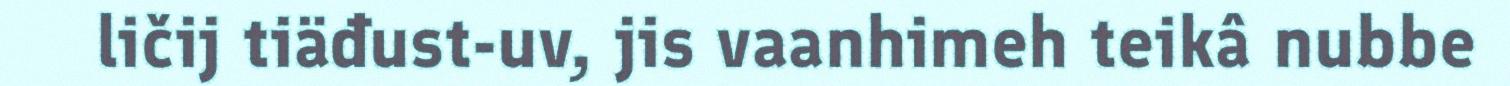
ličij tiäđust-uv, jis vaanhimeh teikâ nubbe